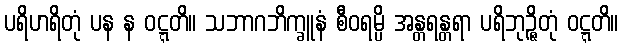
ပရိဟရိတုံ ပန န ဝဋ္ဋတိ။ သဘာဂဘိက္ခူနံ စီဝရမ္ပိ အန္တရန္တရာ ပရိဘုဉ္ဇိတုံ ဝဋ္ဋတိ။